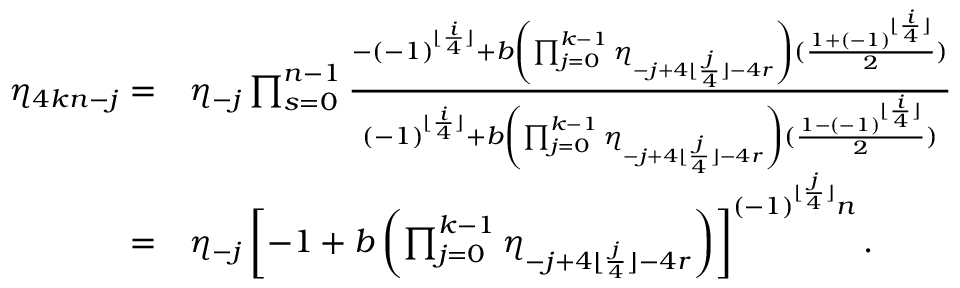
\begin{array} { r l } { \eta _ { 4 k n - j } = } & { \eta _ { - j } \prod _ { s = 0 } ^ { n - 1 } \frac { - ( - 1 ) ^ { \lfloor \frac { i } { 4 } \rfloor } + b \left( \prod _ { j = 0 } ^ { k - 1 } { \eta _ { - j + 4 \lfloor \frac { j } { 4 } \rfloor - 4 r } } \right) ( \frac { 1 + ( - 1 ) ^ { \lfloor \frac { i } { 4 } \rfloor } } { 2 } ) } { ( - 1 ) ^ { \lfloor \frac { i } { 4 } \rfloor } + b \left( \prod _ { j = 0 } ^ { k - 1 } { \eta _ { - j + 4 \lfloor \frac { j } { 4 } \rfloor - 4 r } } \right) ( \frac { 1 - ( - 1 ) ^ { \lfloor \frac { i } { 4 } \rfloor } } { 2 } ) } } \\ { = } & { \eta _ { - j } \left[ - 1 + b \left( \prod _ { j = 0 } ^ { k - 1 } { \eta _ { - j + 4 \lfloor \frac { j } { 4 } \rfloor - 4 r } } \right) \right] ^ { ( - 1 ) ^ { \lfloor \frac { j } { 4 } \rfloor } n } . } \end{array}